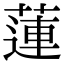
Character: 蓮